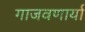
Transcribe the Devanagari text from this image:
गाजवणार्या